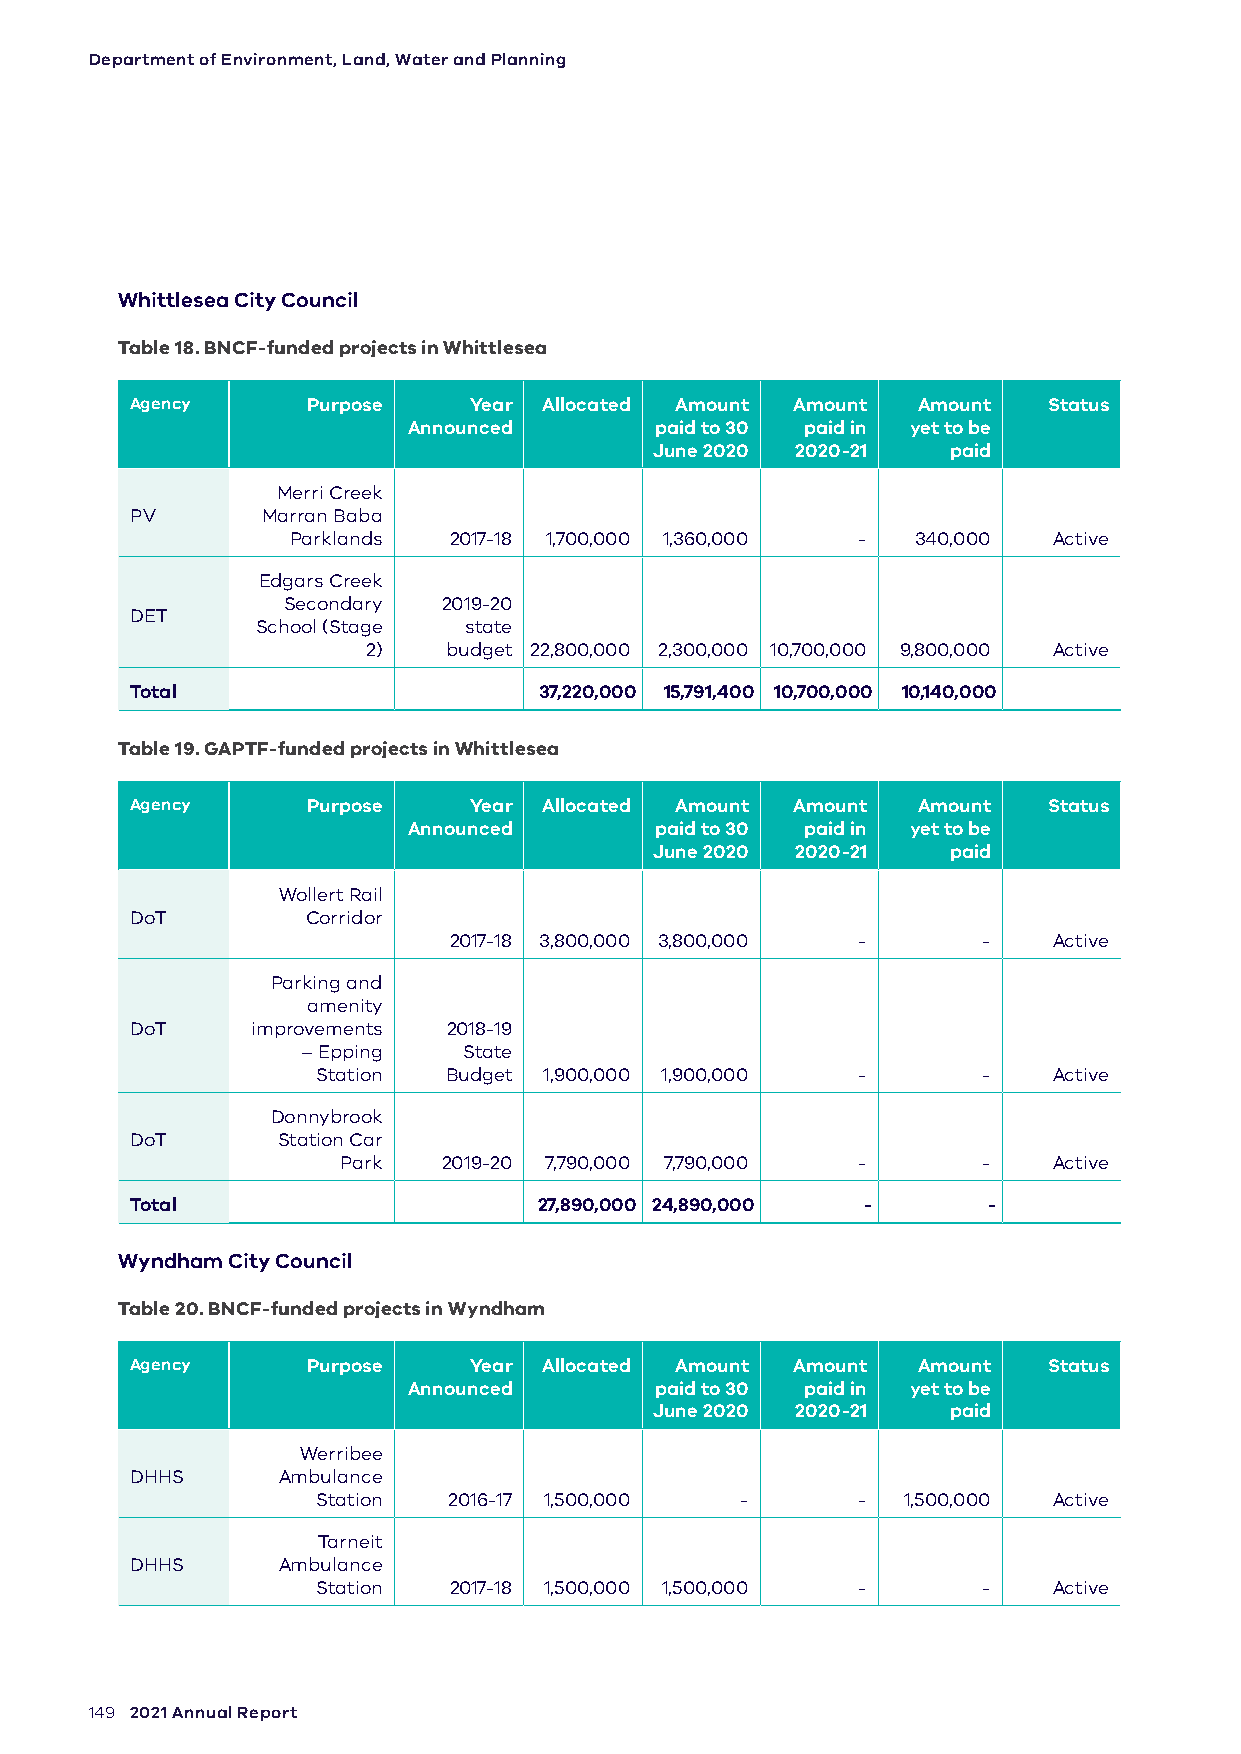
Department of Environment, Land, Water and Planning
 Whittlesea City Council
 Table 18. BNCF-funded projects in Whittlesea
 Agency     Purpose    Year Allocated Amount Amount  Amount  Status
 Announced       paid to 30 paid in yet to be
 June 2020 2020-21   paid
 Merri Creek
 PV      Marran Baba
 Parklands  2017-18 1,700,000 1,360,000 -  340,000  Active
 Edgars Creek
 Secondary 2019-20
 DET
 School (Stage state
 2)   budget 22,800,000 2,300,000 10,700,000 9,800,000 Active
 Total                      37,220,000 15,791,400 10,700,000 10,140,000
 Table 19. GAPTF-funded projects in Whittlesea
 Agency     Purpose    Year Allocated Amount Amount  Amount  Status
 Announced       paid to 30 paid in yet to be
 June 2020 2020-21   paid
 Wollert Rail
 DoT        Corridor
 2017-18 3,800,000 3,800,000 -      -    Active
 Parking and
 amenity
 DoT     improvements 2018-19
 – Epping   State
 Station Budget 1,900,000 1,900,000  -       -    Active
 Donnybrook
 DoT      Station Car
 Park   2019-20 7,790,000 7,790,000 -       -    Active
 Total                      27,890,000 24,890,000 -      -
 Wyndham City Council
 Table 20. BNCF-funded projects in Wyndham
 Agency     Purpose    Year Allocated Amount Amount  Amount  Status
 Announced       paid to 30 paid in yet to be
 June 2020 2020-21   paid
 Werribee
 DHHS     Ambulance
 Station  2016-17 1,500,000  -       -  1,500,000 Active
 Tarneit
 DHHS     Ambulance
 Station  2017-18 1,500,000 1,500,000 -      -    Active
 149 2021 Annual Report